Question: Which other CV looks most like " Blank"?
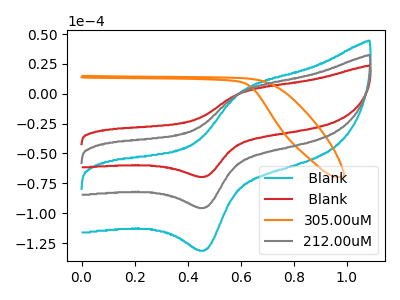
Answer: <think>The cyan curve " Blank" has an anodic peak at (0.60V, 4.20uA) and a cathodic peak at (0.45V, -190.35uA). The red curve " Blank" has an anodic peak at (0.60V, 1.50uA) and a cathodic peak at (0.45V, -69.30uA). The orange curve "305.00uM" has no peaks. The gray curve "212.00uM" has an anodic peak at (0.60V, 2.10uA) and a cathodic peak at (0.45V, -95.20uA).
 All the peaks in " Blank" have a peak in " Blank" at the same potential. Every peak in " Blank" is higher than every peak in " Blank". " Blank" and "305.00uM" have a different number of peaks. All the peaks in " Blank" have a peak in "212.00uM" at the same potential. Every peak in " Blank" is higher than every peak in "212.00uM". " Blank" and "305.00uM" have a different number of peaks. All the peaks in " Blank" have a peak in "212.00uM" at the same potential. Every peak in " Blank" is lower than every peak in "212.00uM". "305.00uM" and "212.00uM" have a different number of peaks.</think>
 <answer>" Blank" and "212.00uM" have a similar shape to " Blank".</answer>
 <eval>" Blank" "212.00uM"</eval>